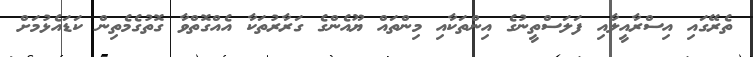
ތެރޭގައި އިސްރާއީލާއި ފަލަސްތީނުގެ އިންތަކާއި މިންތައް ޔޫއެންގެ ގަރާރުތަކާ އެއްގޮތްވާ ގޮތުގެމެތިން ކަޑައެޅުމަށް